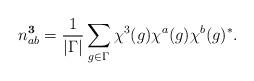
LaTeX: \begin{align*}n_{ab}^{\bf 3} = \frac{1}{|\Gamma|} \sum_{g \in \Gamma}\chi^3(g) \chi^a(g) \chi^b(g)^*.\end{align*}